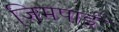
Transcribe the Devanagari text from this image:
जिमपाई